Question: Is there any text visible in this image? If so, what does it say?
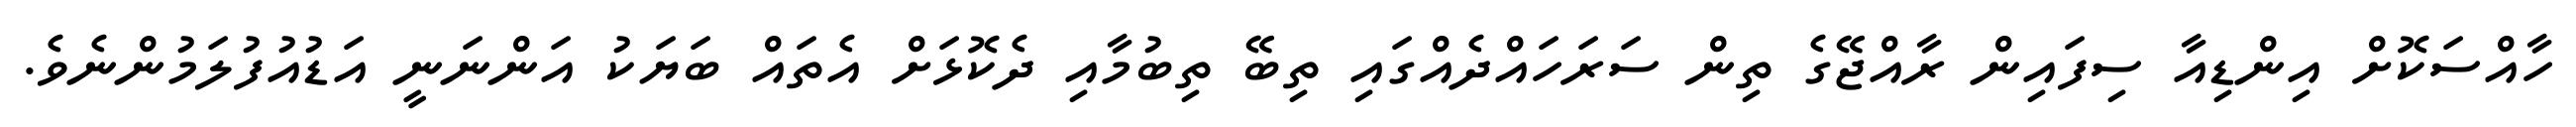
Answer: ހާއްސަކޮށް އިންޑިއާ ސިފައިން ރާއްޖޭގެ ތިން ސަރަހައްދެއްގައި ތިބޭ ތިބުމާއި ދެކޮޅަށް އެތައް ބަޔަކު އަންނަނީ އަޑުއުފުލަމުންނެވެ.